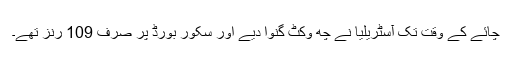
چائے کے وقت تک آسٹریلیا نے چھ وکٹ گنوا دیے اور سکور بورڈ پر صرف 109 رنز تھے۔